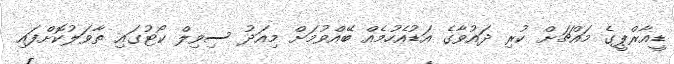
ޑީއާރްޕީގެ މައްޗަށް ކުރި ދައުވާގެ އަޑުއެހުމެއް ބޭއްވުމަށް މިއަދު ސިވިލް ކޯޓުގައި ތާވަލުކޮށްފައި